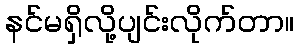
နင်မရှိလို့ပျင်းလိုက်တာ။